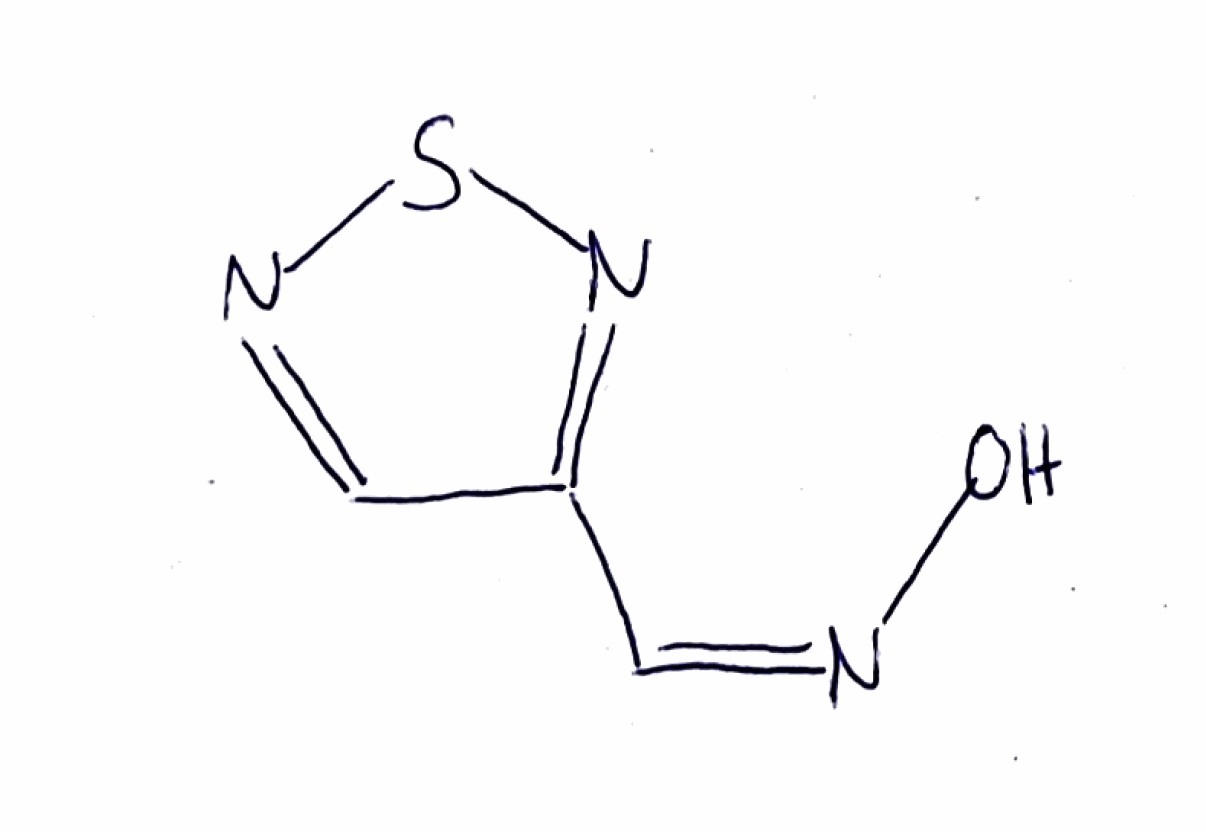
Simplified molecular-input line-entry system (SMILES) notation of the given molecule:
C1=NSN=C1/C=N\O